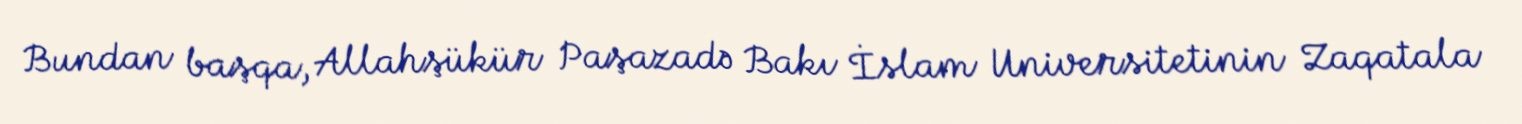
Bundan başqa, Allahşükür Paşazadə Bakı İslam Universitetinin Zaqatala